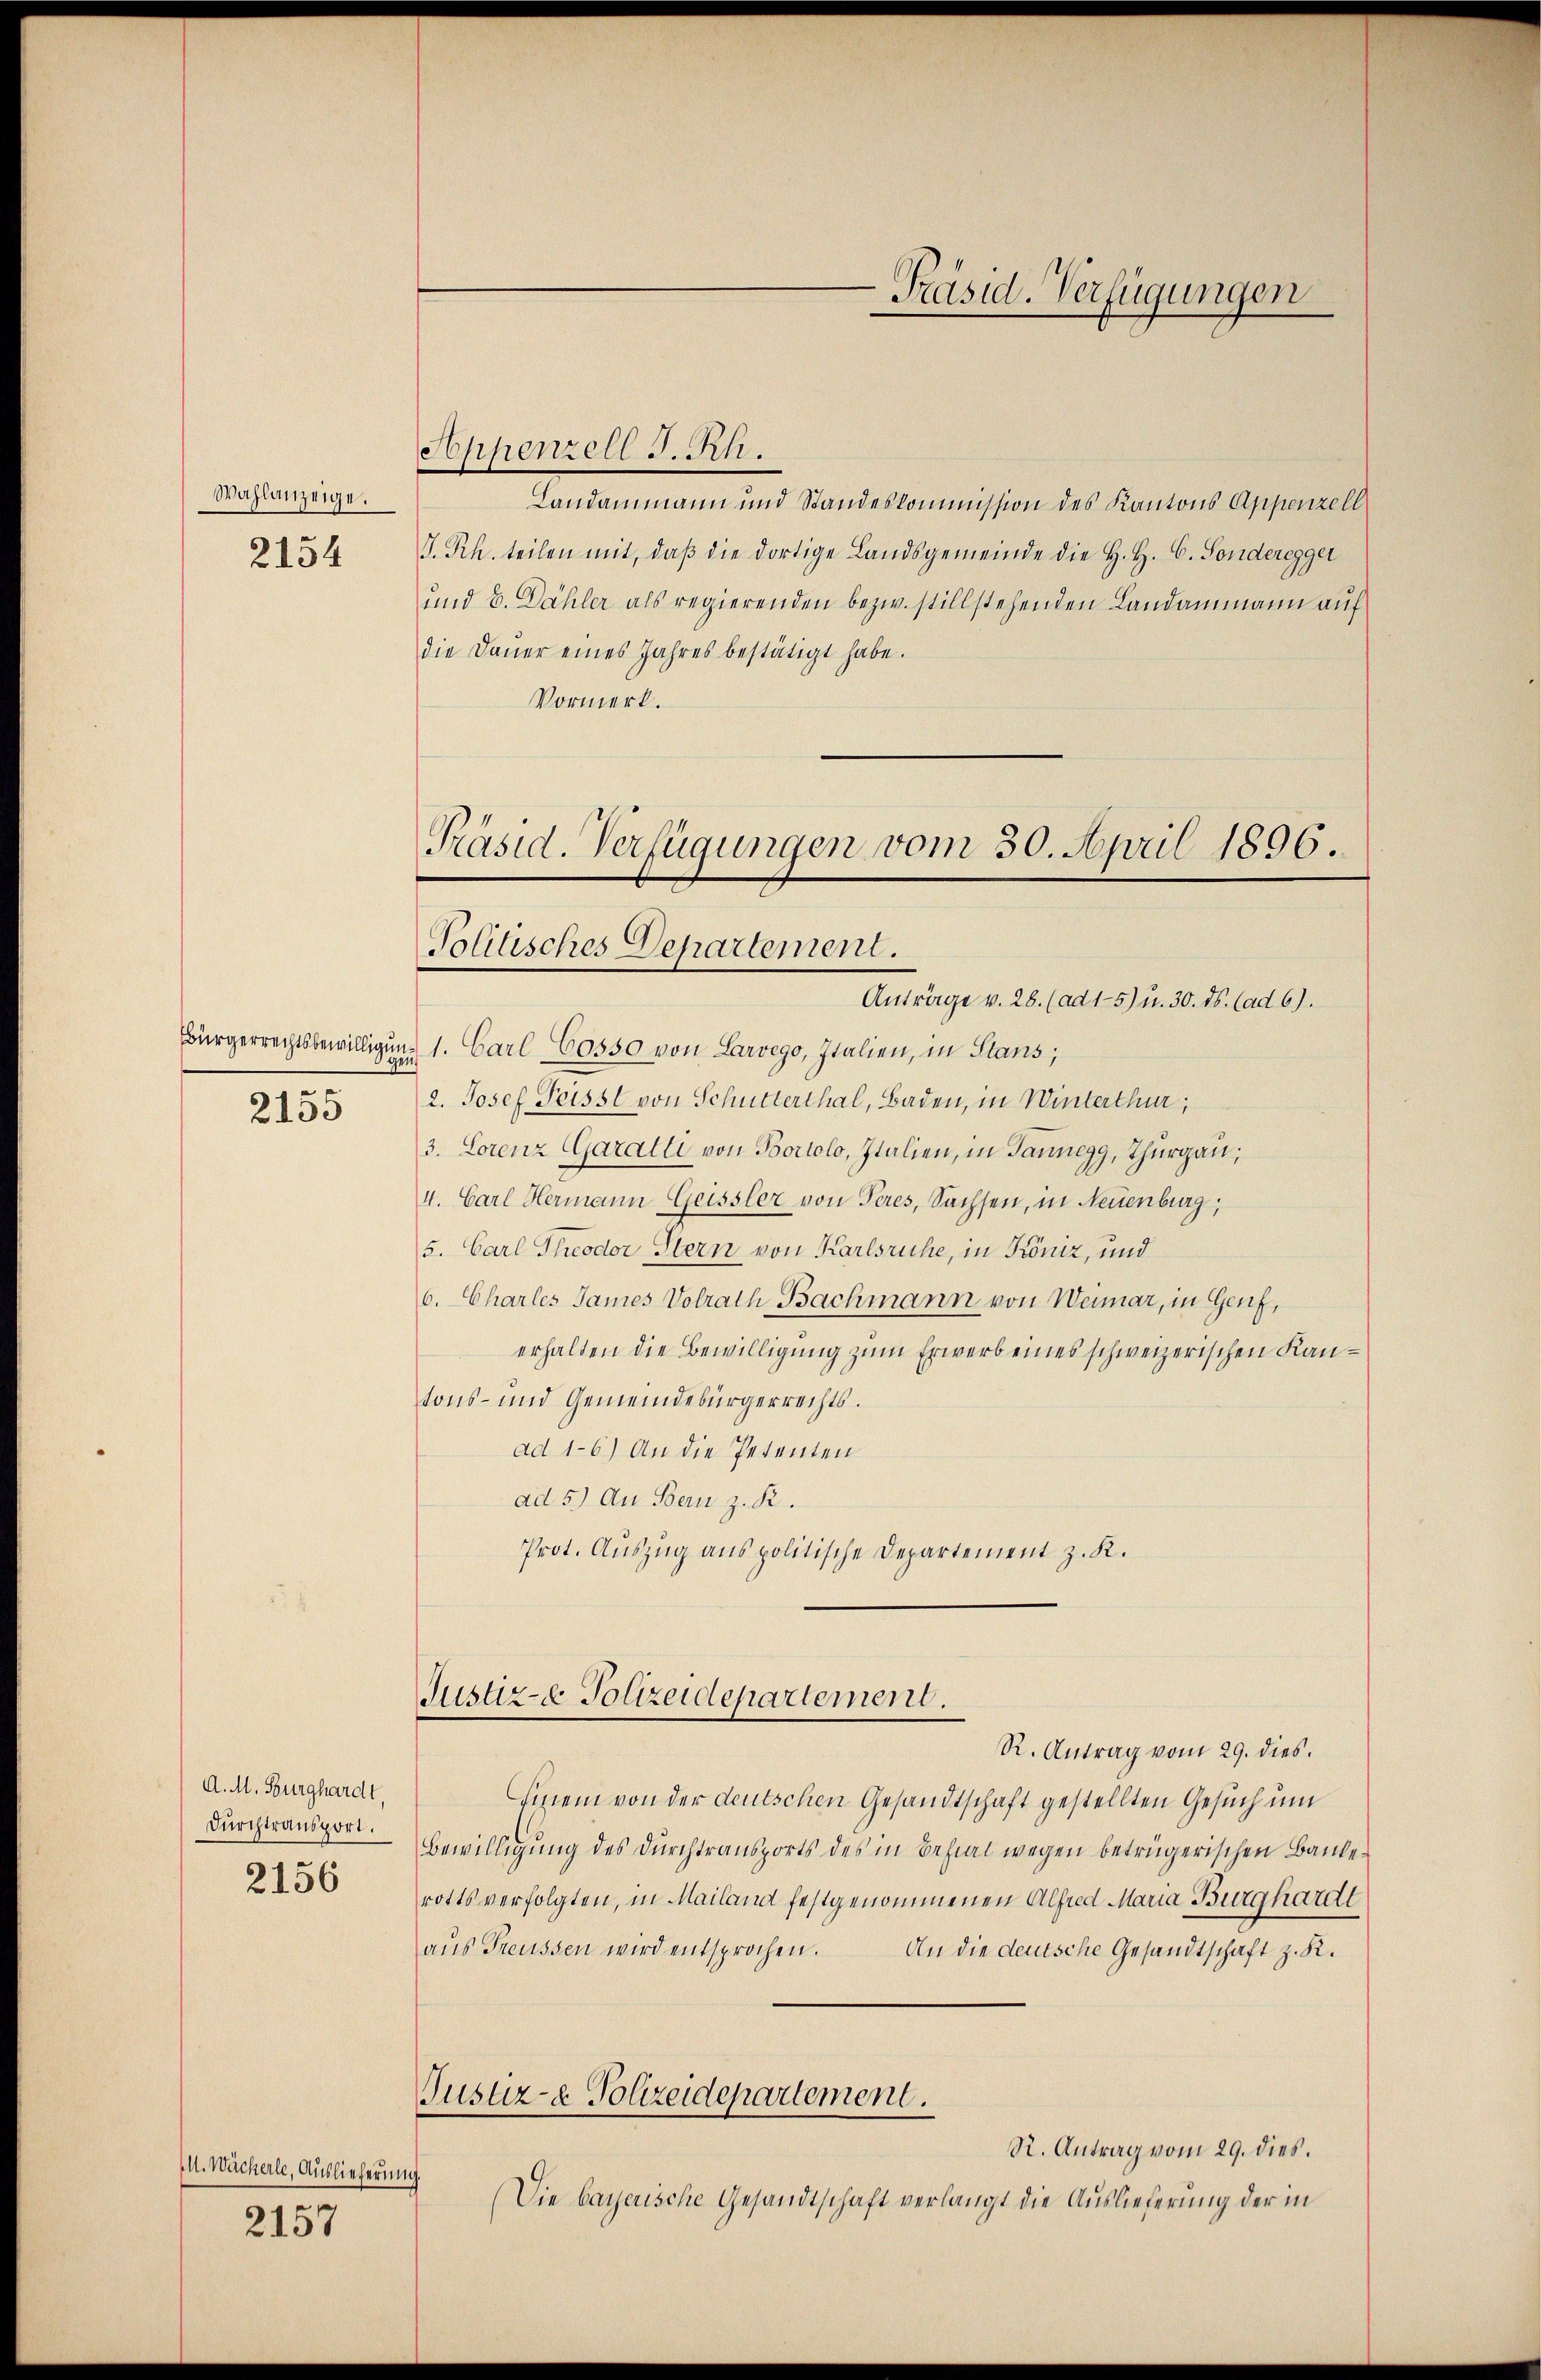
Wahlanzeige.

2154

Bürgerrechtsbewilligun
2155

A. M. Burghardt
Durchtransport.
2156

(U. Wächerle, Auslieferung.
2157

Präsid. Verfügungen vom 30. April 1896.
Politisches Departement.

Appenzell I.Rh.
Landammann und Standeskommission des Kantons Appenzell
J. Rh. teilen mit, daβ die dortige Landsgemeinde die H. H. C. Sonderegger
und b. Dähler als regierenden bezw. stillstehenden Landammann auf
die Daŭer eines Jahres bestätigt habe.
Vormerk.
Anträge v. 28. (ad 1-5) u. 30. ds. (ad 6).
u 1. Carl C0550 von Larvego, Italien, in Stans,
2. Josef Teissl von Schutterthal, Baden, in Winterthur,
3. Lorenz Garalli von Bortolo, Italien, in Tannegg, Thurgau,
4. Carl Hermann Geissler von Teres, Sachsen, in Neuenburg,
5. Carl Theodor Stern von Karlsruhe, in Köniz, und
6. Charles James Volrath Bachmann von Weimar, in Genf,
erhalten die Bewilligung zum Erwerb eines schweizerischen Kantons- und Gemeindebürgerrechts.
ad 1-6) An die Petenten
ad 5.) An Bern z. R.
Prot. Auszug aus politische Departement z. K.

Justiz- & Polizeidepartement.

R. Antrag vom 29. dies.
hinein von der deutschen Gesandtschaft gestellten Gesuch um
Bewilligung des Durchtransports des in Behial wegen betrügerischen Baule
rotts verfolgten, in Mailand festgenommenen Alfred Maria Burghardt
aus Freussen wird entsprochen.
An die deutsche Gesandtschaft z. K.
Justiz- & Polizeidepartement.
R. Antrag vom 29. dies.
(Die bayerische Gesandtschaft verlangt die Auslieferung der in

-Präsid. Verfügungen